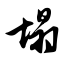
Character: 塌